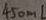
4 5 0 m l